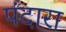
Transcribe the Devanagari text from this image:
पंदारा